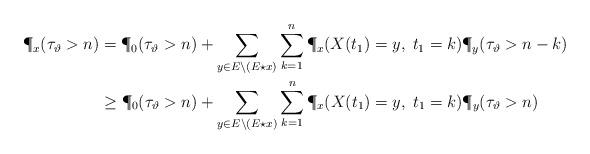
LaTeX: \begin{align*} \P_x(\tau_\vartheta > n) &= \P_0(\tau_\vartheta > n) + \sum_{y\in E\setminus(E\star x)}\sum_{k=1}^n \P_x(X(t_1) = y, \; t_1 = k) \P_y(\tau_\vartheta > n-k) \\ &\geq \P_0(\tau_\vartheta > n) + \sum_{y\in E\setminus(E\star x)}\sum_{k=1}^n \P_x(X(t_1) = y, \; t_1 = k) \P_y(\tau_\vartheta > n) \end{align*}